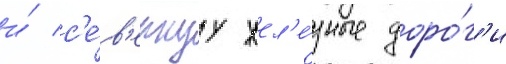
и́ с'е́в'ернуу жел'е́зные доро́г'и